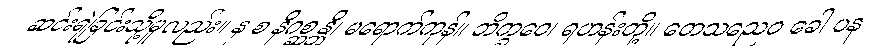
ဆင်းရဲခြင်းသို့မူလည်း။ န စ နိဂစ္ဆန္တိ၊ မရောက်ကုန်။ ဘိက္ခဝေ၊ ရဟန်းတို့။ တေသညေဝ ခေါ ပန